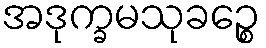
အဒုက္ခမသုခဉ္စေ